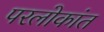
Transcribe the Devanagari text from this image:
परलोकांत